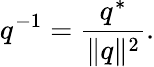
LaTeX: q^{-1}={\frac{q^{*}}{\lVert q\rVert^{2}}}.